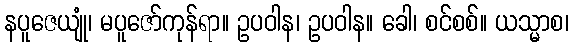
နပူဇေယျုံ၊ မပူဇော်ကုန်ရာ။ ဥပဝါန၊ ဥပဝါန။ ခေါ၊ စင်စစ်။ ယသ္မာစ၊